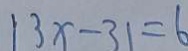
\vert 3 x - 3 \vert = 6